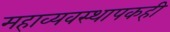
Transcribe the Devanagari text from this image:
महाव्यवस्थापकही